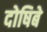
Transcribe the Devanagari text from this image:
दोषिबे